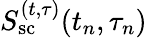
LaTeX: S_{\mathrm{sc}}^{(t,\tau)}(t_{n},\tau_{n})